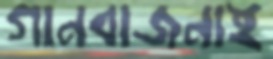
গানবাজনাই